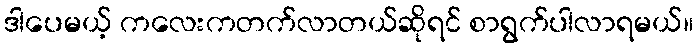
ဒါပေမယ့် ကလေးကတက်လာတယ်ဆိုရင် စာရွက်ပါလာရမယ်။